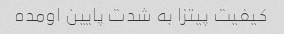
کیفیت پیتزا به شدت پایین اومده